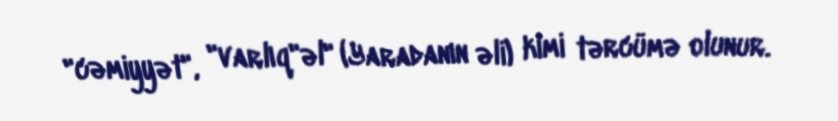
"cəmiyyət", "varlıq"əl" (Yaradanın əli) kimi tərcümə olunur.